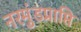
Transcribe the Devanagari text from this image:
नरमुंडप्राप्ति